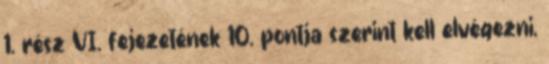
1. rész VI. fejezetének 10. pontja szerint kell elvégezni,